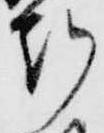
刻